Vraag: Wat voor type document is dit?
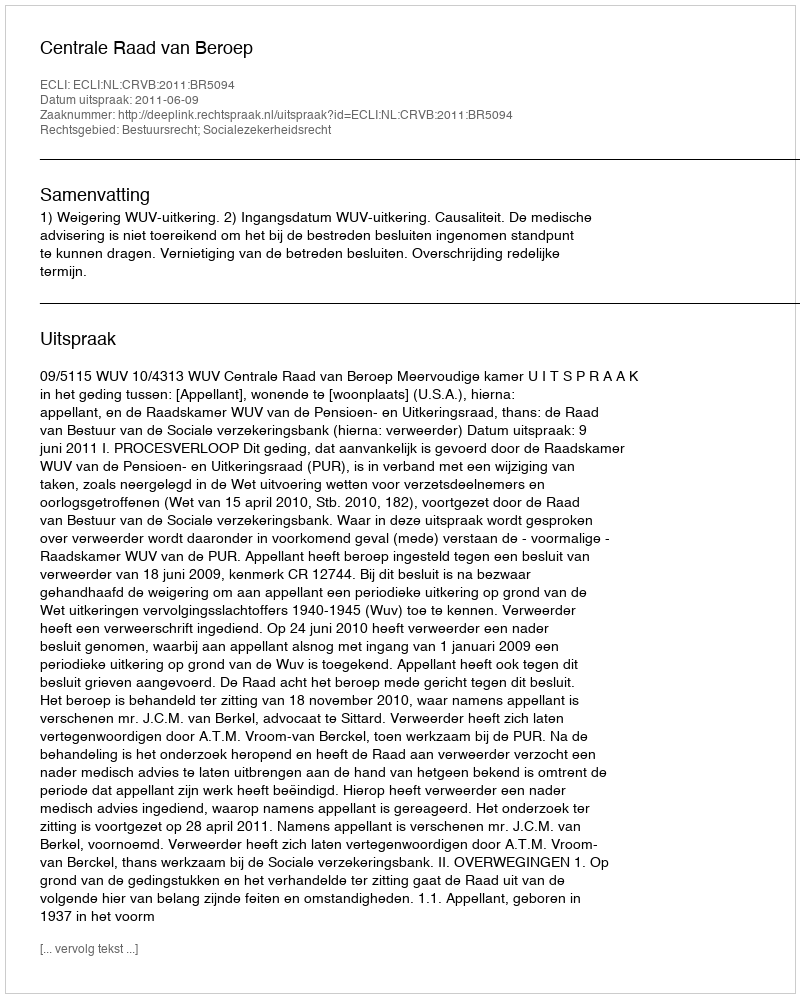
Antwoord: Uitspraak